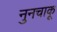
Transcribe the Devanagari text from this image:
नुनचाकू